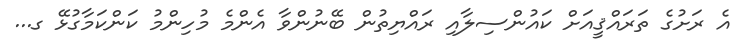
އެ ރަށުގެ ތަރައްޤީއަށް ކައުންސިލާއި ރައްޔިތުން ބޭނުންވާ އެންމެ މުހިންމު ކަންކަމާގުޅޭ ގ...